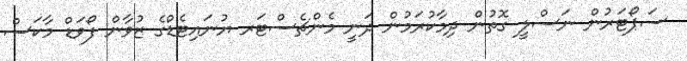
ސަޕޯޓަރުން ނަސްލީ ގޮތުން ދިމާކުރަމުން ދަނީ މެންޗެސްޓަރ ޔުނައިޓެޑްގެ ޒުވާން ފޯވަޑް މާކަސް